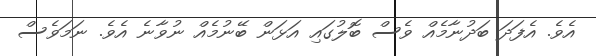
އެވެ. އެފަދަ ބަދުނާމެއް ވެސް ބޮލުގައި އަޅަން ބޭނުމެއް ނުވާނެ އެވެ. ނަމަވެސް